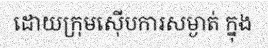
ដោយក្រុមស៊ើបការសម្ងាត់ ក្នុង